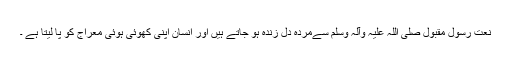
نعت رسول مقبول صلی اللہ علیہ وآلہ وسلم سےمردہ دل زندہ ہو جاتے ہیں اور انسان اپنی کھوئی ہوئی معراج کو پا لیتا ہے ۔